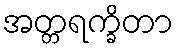
အတ္တရက္ခိတာ